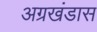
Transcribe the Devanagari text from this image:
अग्रखंडास